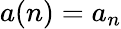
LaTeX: a(n)=a_{n}